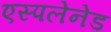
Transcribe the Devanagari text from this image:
एस्पलेनेड